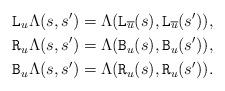
LaTeX: \begin{align*} \mathtt{L}_u\Lambda(s,s') &= \Lambda(\mathtt{L}_{\overline{u}}(s),\mathtt{L}_{\overline{u}}(s')), \\ \mathtt{R}_u \Lambda(s,s') &= \Lambda(\mathtt{B}_u(s),\mathtt{B}_u(s')), \\ \mathtt{B}_u \Lambda(s,s') &= \Lambda(\mathtt{R}_u(s),\mathtt{R}_u(s')). \end{align*}